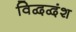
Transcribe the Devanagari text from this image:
विद्वद्वंश